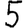
Digit: 5